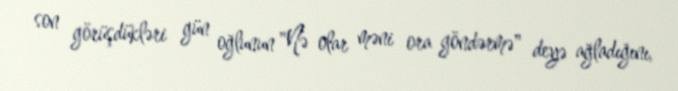
son görüşdükləri gün oğlunun "Nə olar məni ora göndərmə" deyə ağladığını,